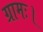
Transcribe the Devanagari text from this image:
ग्रामः।